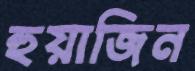
হুয়াজিন